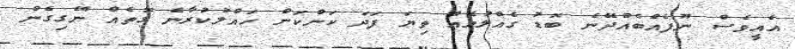
އެއީވެސް ނޫފެއްބެއްދޭނެ ބޮޑު ގެއްލުމެއް ތިޔަ ފަދަ ކަންކަން ހައްލުކުރާނެ ގޮތެއް ނޭގިގެން